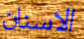
الاسنان